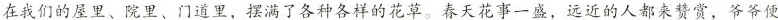
在我们的屋里、院里、门道里，摆满了各种各样的花草。春天花事一盛，远近的人都来赞赏，爷爷便